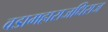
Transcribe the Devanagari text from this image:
वडामहाराजधिराज